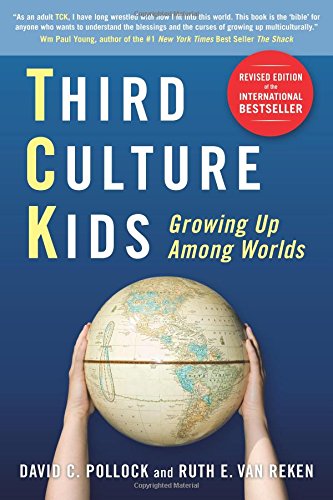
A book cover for Third Culture Kids: Growing Up Among Worlds, Revised Edition; David C. Pollock; Medical Books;